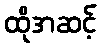
ထိုအဆင့်